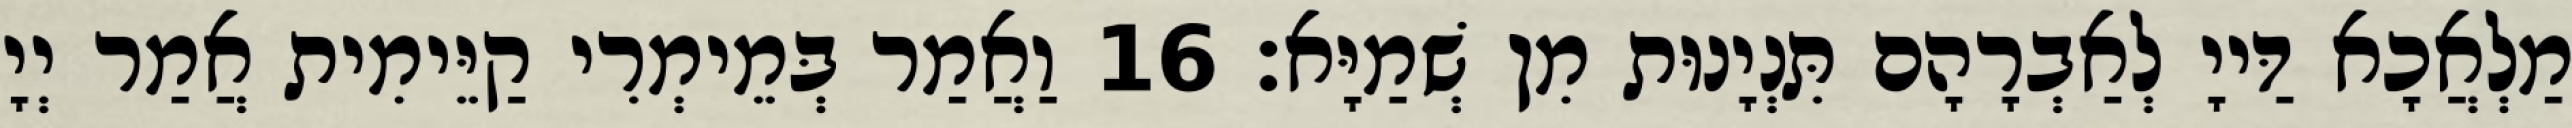
מַלְאֲכָא דַּייָ לְאַבְרָהָם תִּנְיָנוּת מִן שְׁמַיָּא׃ 16 וַאֲמַר בְּמֵימְרִי קַיֵּימִית אֲמַר יְיָ